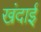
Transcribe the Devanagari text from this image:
खंदाई